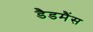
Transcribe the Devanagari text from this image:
डैडमैंस